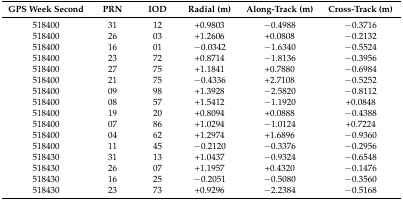
| GPS Week Second | PRN | IOD | Radial (m) | Along-Track (m) | Cross-Track (m) |
 | --- | --- | --- | --- | --- | --- |
 | 518400 | 31 | 12 | +0.9803 | −0.4988 | −0.3716 |
 | 518400 | 26 | 03 | +1.2606 | +0.0808 | −0.2132 |
 | 518400 | 16 | 01 | −0.0342 | −1.6340 | −0.5524 |
 | 518400 | 23 | 72 | +0.8714 | −1.8136 | −0.3956 |
 | 518400 | 27 | 75 | +1.1841 | +0.7880 | −0.6984 |
 | 518400 | 21 | 75 | −0.4336 | +2.7108 | −0.5252 |
 | 518400 | 09 | 98 | +1.3928 | −2.5820 | −0.8112 |
 | 518400 | 08 | 57 | +1.5412 | −1.1920 | +0.0848 |
 | 518400 | 19 | 20 | +0.8094 | +0.0888 | −0.4388 |
 | 518400 | 07 | 86 | +1.0294 | −1.0124 | +0.7224 |
 | 518400 | 04 | 62 | +1.2974 | +1.6896 | −0.9360 |
 | 518400 | 11 | 45 | −0.2120 | −0.3376 | −0.2956 |
 | 518430 | 31 | 13 | +1.0437 | −0.9324 | −0.6548 |
 | 518430 | 26 | 07 | +1.1957 | +0.4320 | −0.1476 |
 | 518430 | 16 | 25 | −0.2051 | −0.5080 | −0.3560 |
 | 518430 | 23 | 73 | +0.9296 | −2.2384 | −0.5168 |